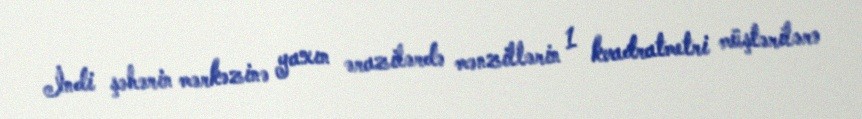
İndi şəhərin mərkəzinə yaxın ərazilərdə mənzillərin 1 kvadratmetri müştərilərə